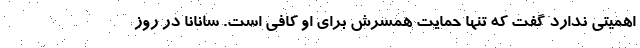
اهمیتی ندارد گفت که تنها حمایت همسرش برای او کافی است. سانانا در روز